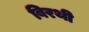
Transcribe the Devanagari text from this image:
बिरथी